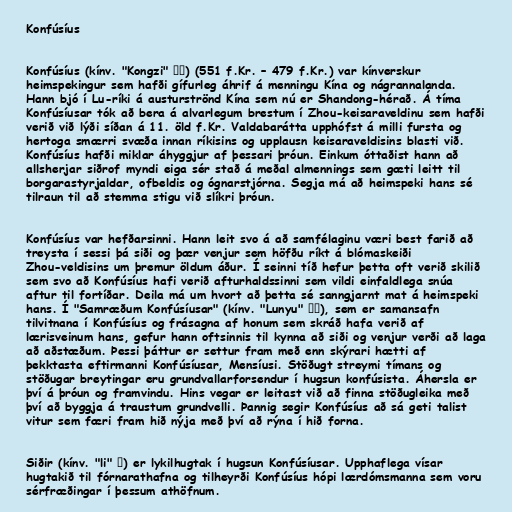
Konfúsíus

Konfúsíus (kínv. "Kongzi" 孔子) (551 f.Kr. – 479 f.Kr.) var kínverskur
heimspekingur sem hafði gífurleg áhrif á menningu Kína og nágrannalanda.
Hann bjó í Lu-ríki á austurströnd Kína sem nú er Shandong-hérað. Á tíma
Konfúsíusar tók að bera á alvarlegum brestum í Zhou-keisaraveldinu sem hafði
verið við lýði síðan á 11. öld f.Kr. Valdabarátta upphófst á milli fursta og
hertoga smærri svæða innan ríkisins og upplausn keisaraveldisins blasti við.
Konfúsíus hafði miklar áhyggjur af þessari þróun. Einkum óttaðist hann að
allsherjar siðrof myndi eiga sér stað á meðal almennings sem gæti leitt til
borgarastyrjaldar, ofbeldis og ógnarstjórna. Segja má að heimspeki hans sé
tilraun til að stemma stigu við slíkri þróun.

Konfúsíus var hefðarsinni. Hann leit svo á að samfélaginu væri best farið að
treysta í sessi þá siði og þær venjur sem höfðu ríkt á blómaskeiði
Zhou-veldisins um þremur öldum áður. Í seinni tíð hefur þetta oft verið skilið
sem svo að Konfúsíus hafi verið afturhaldssinni sem vildi einfaldlega snúa
aftur til fortíðar. Deila má um hvort að þetta sé sanngjarnt mat á heimspeki
hans. Í "Samræðum Konfúsíusar" (kínv. "Lunyu" 论语), sem er samansafn
tilvitnana í Konfúsíus og frásagna af honum sem skráð hafa verið af
lærisveinum hans, gefur hann oftsinnis til kynna að siði og venjur verði að laga
að aðstæðum. Þessi þáttur er settur fram með enn skýrari hætti af
þekktasta eftirmanni Konfúsíusar, Mensíusi. Stöðugt streymi tímans og
stöðugar breytingar eru grundvallarforsendur í hugsun konfúsista. Áhersla er
því á þróun og framvindu. Hins vegar er leitast við að finna stöðugleika með
því að byggja á traustum grundvelli. Þannig segir Konfúsíus að sá geti talist
vitur sem færi fram hið nýja með því að rýna í hið forna.

Siðir (kínv. "li" 礼) er lykilhugtak í hugsun Konfúsíusar. Upphaflega vísar
hugtakið til fórnarathafna og tilheyrði Konfúsíus hópi lærdómsmanna sem voru
sérfræðingar í þessum athöfnum.